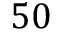
5 0